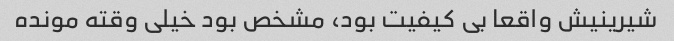
شیرینیش واقعا بی کیفیت بود، مشخص بود خیلی وقته مونده